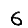
Digit: 6